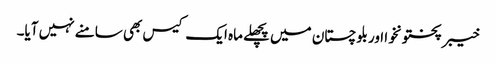
خیبر پختونخوا اور بلوچستان میں پچھلے ماہ ایک کیس بھی سامنے نہیں آیا۔